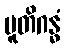
ပူတိဂန္ဓံ